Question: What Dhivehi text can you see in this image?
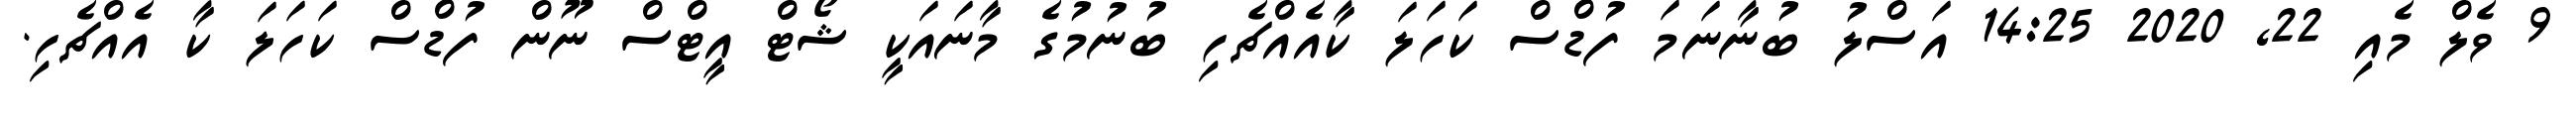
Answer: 9 ވެލް މެއި 22, 2020 14:25 އަސްލު ބުނާނަމަ ފުޑްސް ކަހަލަ ކާއެއްޗެހި ބުނުމުގެ މާނައަކީ ޝޯޓް އީޓްސް ނޫން ފުޑްސް ކަހަލަ ކާ އެއްޗެހި.